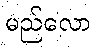
မည်လော